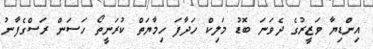
އިންޑިޔާ ވަޒީރުގެ ދެވަނަ ބޮޑު މަލިކް ހަދާފަ ހިމާޔަތް ކުރަނީތޯ ހަސަން ރަސްގެފާނު